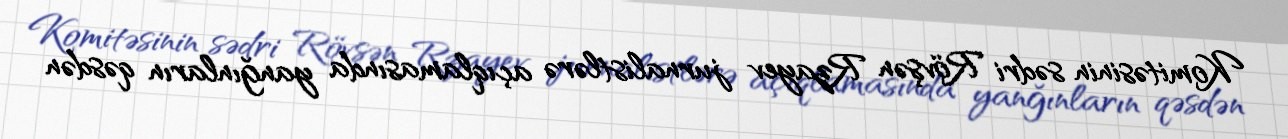
Komitəsinin sədri Rövşən Rzayev jurnalistlərə açıqlamasında yanğınların qəsdən